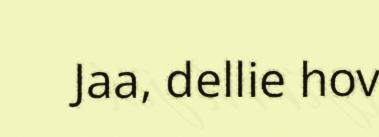
Jaa, dellie hov